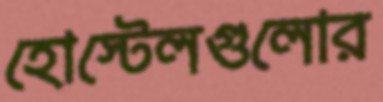
হোস্টেলগুলোর